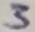
Text: 3